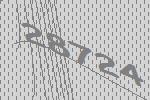
28724